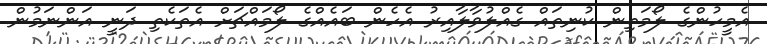
އެމީހުންގެ ލޯމަތިން ކުނިތައް ގެއްލުވާލާއިރު އެހެން ބައެއްގެ ލޯމައްޗަށް އެތަކެތި ދަނީ އަންނަމުން.